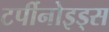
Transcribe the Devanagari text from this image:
टर्पीनोइड्स